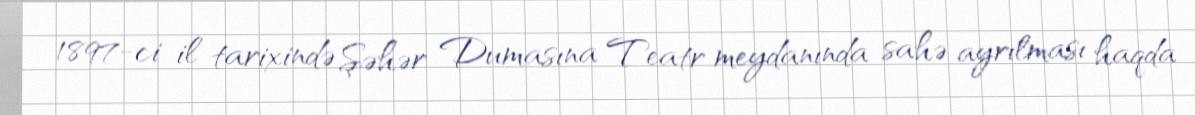
1897-ci il tarixində Şəhər Dumasına Teatr meydanında sahə ayrılması haqda